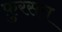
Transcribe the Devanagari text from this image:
फ़ुरसत